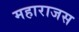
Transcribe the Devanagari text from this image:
महाराजस